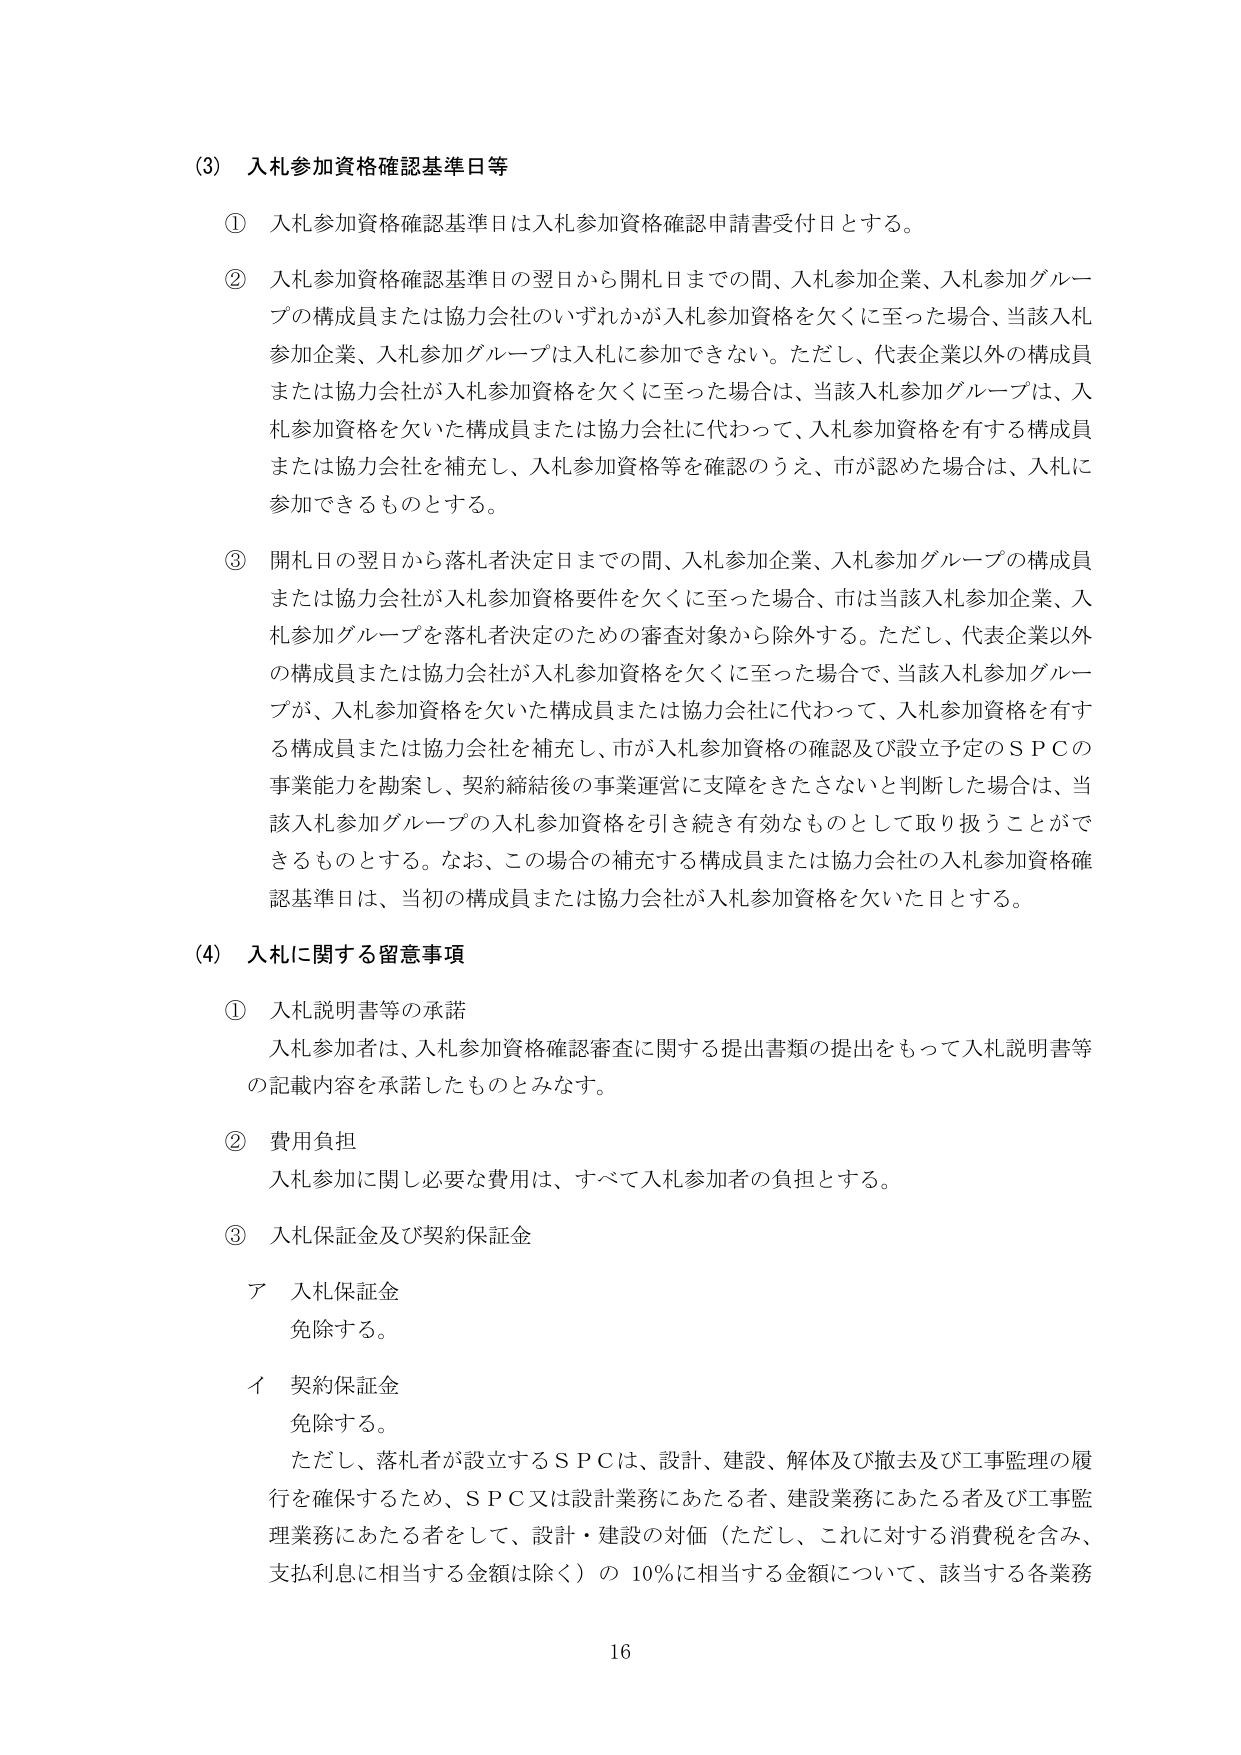
(3) 入札参加資格確認基準日等

① 入札参加資格確認基準日は入札参加資格確認申請書受付日とする。

② 入札参加資格確認基準日の翌日から開札日までの間、入札参加企業、入札参加グループの構成員または協力会社のいずれかが入札参加資格を欠くに至った場合、当該入札参加企業、入札参加グループは入札に参加できない。ただし、代表企業以外の構成員または協力会社が入札参加資格を欠くに至った場合は、当該入札参加グループは、入札参加資格を欠いた構成員または協力会社に代わって、入札参加資格を有する構成員または協力会社を補充し、入札参加資格等を確認のうえ、市が認めた場合は、入札に参加できるものとする。

③ 開札日の翌日から落札者決定日までの間、入札参加企業、入札参加グループの構成員または協力会社が入札参加資格要件を欠くに至った場合、市は当該入札参加企業、入札参加グループを落札者決定のための審査対象から除外する。ただし、代表企業以外の構成員または協力会社が入札参加資格を欠くに至った場合で、当該入札参加グループが、入札参加資格を欠いた構成員または協力会社に代わって、入札参加資格を有する構成員または協力会社を補充し、市が入札参加資格の確認及び設立予定のＳＰＣの事業能力を勘案し、契約締結後の事業運営に支障をきたさないと判断した場合は、当該入札参加グループの入札参加資格を引き続き有効なものとして取り扱うことができるものとする。なお、この場合の補充する構成員または協力会社の入札参加資格確認基準日は、当初の構成員または協力会社が入札参加資格を欠いた日とする。

(4) 入札に関する留意事項

① 入札説明書等の承諾
入札参加者は、入札参加資格確認審査に関する提出書類の提出をもって入札説明書等の記載内容を承諾したものとみなす。

② 費用負担
入札参加に関し必要な費用は、すべて入札参加者の負担とする。

③ 入札保証金及び契約保証金
ア 入札保証金
免除する。
イ 契約保証金
免除する。
ただし、落札者が設立するＳＰＣは、設計、建設、解体及び撤去及び工事監理の履行を確保するため、ＳＰＣ又は設計業務にあたる者、建設業務にあたる者及び工事監理業務にあたる者をして、設計・建設の対価（ただし、これに対する消費税を含み、支払利息に相当する金額は除く）の 10％に相当する金額について、該当する各業務

16